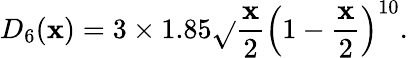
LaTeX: D_{6}(\mathbf{x})=3\times1.85\sqrt{}{{\frac{{\mathbf{x}}}{{2}}}}\left(1-{\frac{{\mathbf{x}}}{{2}}}\right)^{10}.